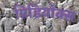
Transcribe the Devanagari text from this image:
प्रिडियोक्स